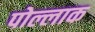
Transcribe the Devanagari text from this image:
पोल्लाक